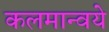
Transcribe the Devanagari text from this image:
कलमान्वये